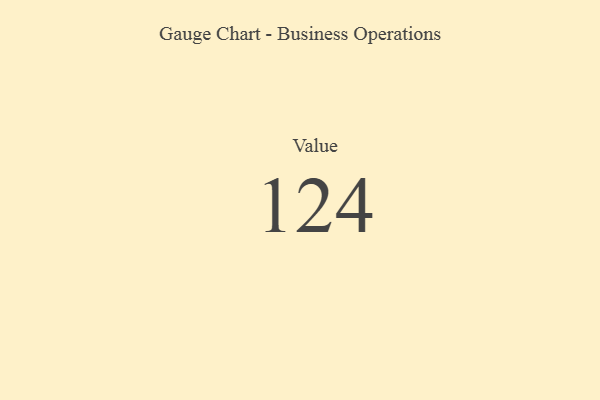
{"axis": {"x": "Metric", "y": "Value"}, "legend": [""], "data": [{"x": "Value", "y": 124, "type": ""}]}